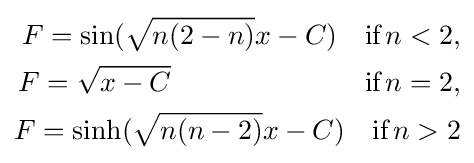
{\begin{aligned}F=\sin({\sqrt {n(2-n)}}x-C)\quad {\text{if}}\,n<2,\\F={\sqrt {x-C}}\qquad \qquad \qquad \quad {\text{if}}\,n=2,\\F=\sinh({\sqrt {n(n-2)}}x-C)\quad {\text{if}}\,n>2\end{aligned}}